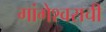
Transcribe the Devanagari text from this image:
गांगेश्वराची